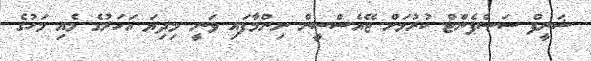
ޝަރީފް ސަސްޕެންޓް ކުރުމަށް ޖޭއެސްސީން ނިންމާފައި ވަނީ މިދިޔަ އަހަރުގެ މެއި މަހުގެ